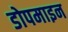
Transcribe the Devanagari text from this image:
डोपमाइन